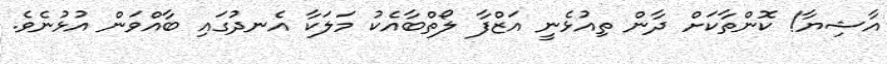
އާޝިޔާ! ކޮންތާކަށް ދާން ތިއުޅެނީ އަޒްފާ ލޯތްބާއެކު މަލަކާ އެނދުގައި ބާއްވަން އުޅުނެވެ.